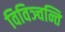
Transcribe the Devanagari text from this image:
विविञ्चन्ति